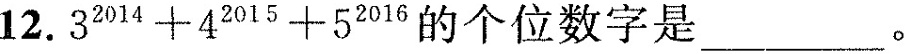
12.$$3 ^ { 2 0 1 4 } + 4 ^ { 2 0 1 5 } + 5 ^ { 2 0 1 6 }$$的个位数字是___。